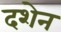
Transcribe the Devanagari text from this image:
दशेन